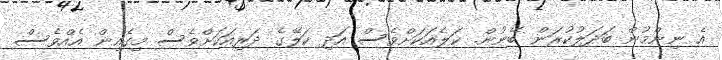
އެ ނިންމުން ބަދަލުކުރަން ބޭނުން. ކަލެއަކަށްވެސް އަދި ކަލޭގެ ދަރިއަކަށްވެސް މިގެއިން އެއްވެސް